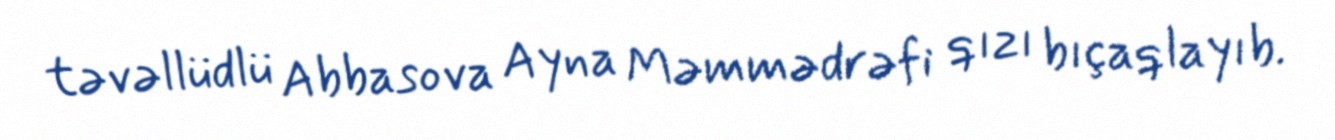
təvəllüdlü Abbasova Ayna Məmmədrəfi qızı bıçaqlayıb.